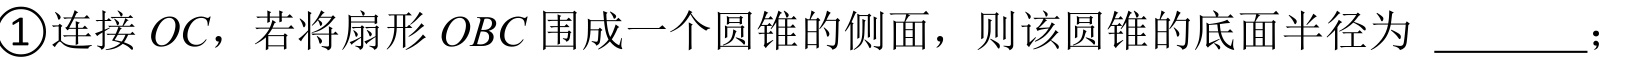
\textcircled{1}连接\(OC\)，若将扇形\(OBC\)围成一个圆锥的侧面，则该圆锥的底面半径为 \_\_\_\_\_；